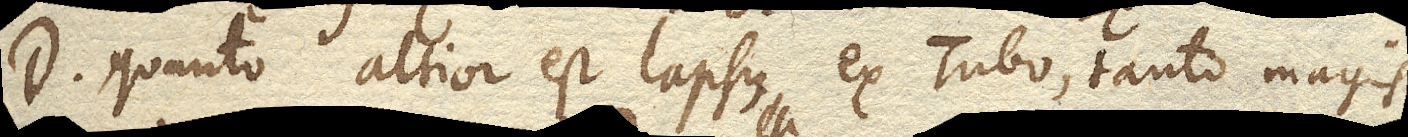
D. quanto altior est lapsus ex Tubo, tanto magis